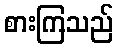
စားကြသည်